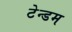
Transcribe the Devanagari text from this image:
टेन्डम